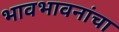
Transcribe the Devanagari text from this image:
भावभावनांचा